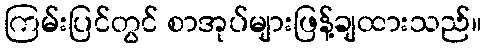
ကြမ်းပြင်တွင် စာအုပ်များဖြန့်ချထားသည်။